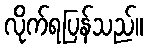
လိုက်ရပြန်သည်။